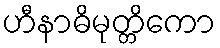
ဟီနာဓိမုတ္တိကော